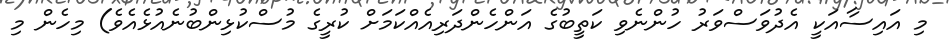
މި އައިސާއަކީ އެދުވަސްވަރު ހުންނެވި ކަތީބުގެ އަންހެންދަރިއެއްކަމަށް ކުރީގެ މުސްކުޅިންބުނެއުޅެއެވެ) މިހެން މި